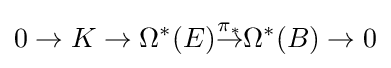
0\to K\to \Omega ^{*}(E){\overset {\pi _{*}}{\to }}\Omega ^{*}(B)\to 0